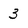
Character: 3